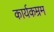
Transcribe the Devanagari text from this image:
कार्यकम्रम